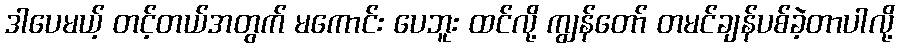
ဒါပေမယ့် တင့်တယ်အတွက် မကောင်း ပေဘူး ထင်လို့ ကျွန်တော် တမင်ချန်ပစ်ခဲ့တာပါလို့